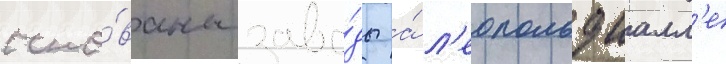
осно́ваны заво́ды а́ л'еопольдшалл'е